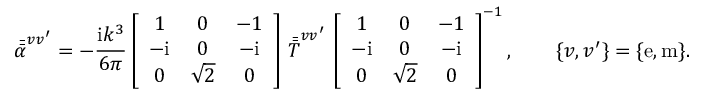
\bar { \bar { \alpha } } ^ { v v ^ { \prime } } = - \frac { \mathrm { i } k ^ { 3 } } { 6 \pi } \left[ \begin{array} { c c c } { 1 } & { 0 } & { - 1 } \\ { - \mathrm { i } } & { 0 } & { - \mathrm { i } } \\ { 0 } & { \sqrt { 2 } } & { 0 } \end{array} \right] \, \bar { \bar { T } } ^ { v v ^ { \prime } } \, \left[ \begin{array} { c c c } { 1 } & { 0 } & { - 1 } \\ { - \mathrm { i } } & { 0 } & { - \mathrm { i } } \\ { 0 } & { \sqrt { 2 } } & { 0 } \end{array} \right] ^ { - 1 } , \qquad \{ v , v ^ { \prime } \} = \{ \mathrm { e , m } \} .